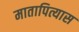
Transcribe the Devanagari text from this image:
मातापित्यास